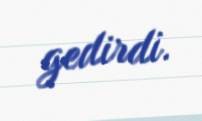
gedirdi.